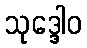
သုဒ္ဒေါဝ